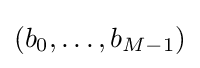
(b_{0},\dots ,b_{M-1})